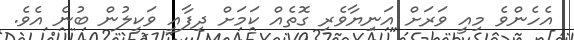
އެހެންވެ މިއީ ވަރަށް އަނިޔާވެރި ގޮތެއް ކަމަށް ދިފާއީ ވަކީލުން ބުނެ އެވެ.